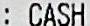
: CASH